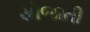
યોજાતી